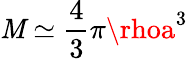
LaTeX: \mathit{M}\simeq{\frac{{4}}{{3}}}\pi\rhoa^{3}